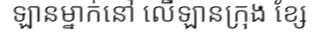
ឡានម្នាក់នៅ លើឡានក្រុង ខ្សែ